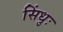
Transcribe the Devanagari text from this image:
सिंधुः